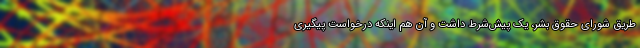
طریق شورای حقوق بشر، یک پیش‌شرط داشت و آن هم اینکه درخواست پیگیری